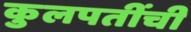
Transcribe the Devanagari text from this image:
कुलपतींची